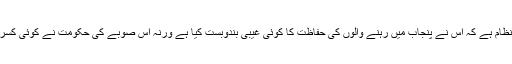
یہ تو قدرت کا اپنا نظام ہے کہ اس نے پنجاب میں رہنے والوں کی حفاظت کا کوئی غیبی بندوبست کیا ہے ورنہ اس صوبے کی حکومت نے کوئی کسر نہیں چھوڑی تھی۔